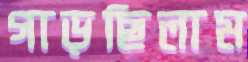
গাড়ছিলাম